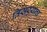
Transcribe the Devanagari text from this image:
तिसर्‍याच